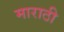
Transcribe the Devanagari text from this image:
माराठी